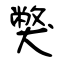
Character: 獘